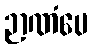
ဉာဏံပေ